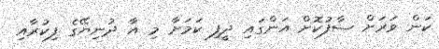
ކަން ވަރަށް ސާފުކޮށް އަންގައި ދީފި ކަމަށާ މި އާ ދުނިޔޭގެ ފިކުރާއި